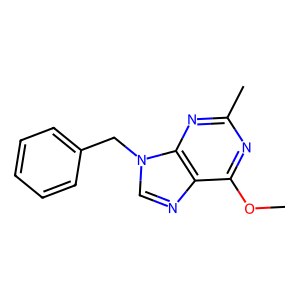
SMILES: COc1nc(C)nc2c1ncn2Cc1ccccc1
Inhibits HIV replication: No